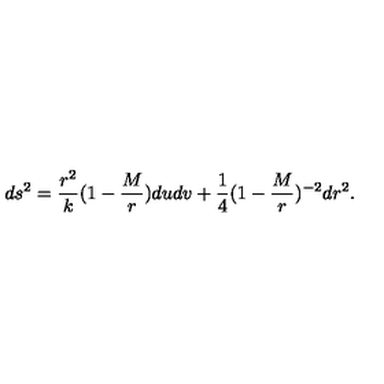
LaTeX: d s ^ { 2 } = { \frac { r ^ { 2 } } { k } } ( 1 - { \frac { M } { r } } ) d u d v + { \frac { 1 } { 4 } } ( 1 - { \frac { M } { r } } ) ^ { - 2 } d r ^ { 2 } .